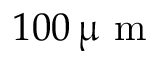
1 0 0 \, \upmu \mathrm { ~ m ~ }